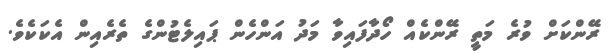
ރޭންކަށް ވުރެ މަތީ ރޭންކެއް ހޯދާފައިވާ މަދު އަންހެން ޕައިލެޓުންގެ ތެރެއިން އެކަކެވެ.